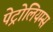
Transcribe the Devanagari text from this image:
पेट्रोलियम्स